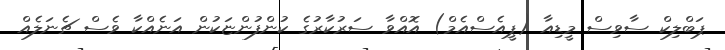
ޕަބްލިކް ސާވިސް މީޑިއާ (ޕީއެސްއެމް) އޮއްވާ ސަރުކާރުގެ ކުންފުންޏަކުން އަނެއްކާ ވެސް ޗެނަލެއް